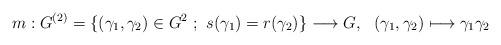
LaTeX: \begin{align*} m : G^{(2)}=\{(\gamma_1,\gamma_2)\in G^2\ ;\ s(\gamma_1)=r(\gamma_2)\}\longrightarrow G, \ \ (\gamma_1,\gamma_2)\longmapsto \gamma_1\gamma_2 \end{align*}